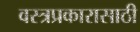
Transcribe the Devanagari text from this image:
वस्त्रप्रकारासाठी